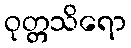
ဝုတ္တသိရော